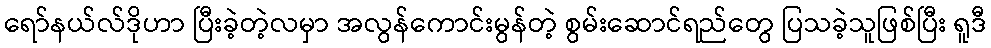
ရော်နယ်လ်ဒိုဟာ ပြီးခဲ့တဲ့လမှာ အလွန်ကောင်းမွန်တဲ့ စွမ်းဆောင်ရည်တွေ ပြသခဲ့သူဖြစ်ပြီး ရူဒီ